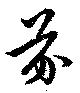
芬